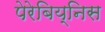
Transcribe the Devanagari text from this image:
पेरेबिय्निस